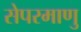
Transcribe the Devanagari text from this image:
सेपरमाणु